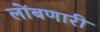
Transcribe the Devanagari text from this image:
लोंबणारी